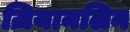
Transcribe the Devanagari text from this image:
ज़ियानलिन